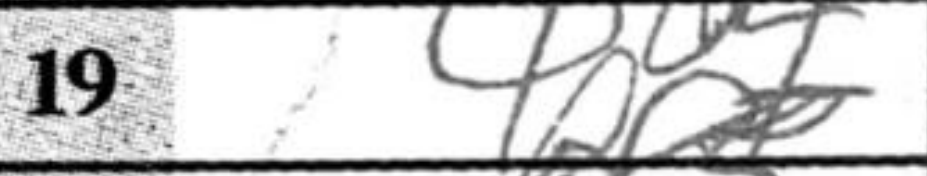
Transcription: Qd4